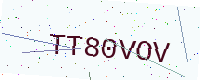
Text: TT80VOV